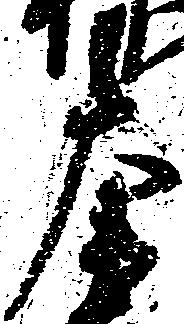
左